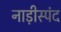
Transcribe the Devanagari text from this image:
नाड़ीस्पंद